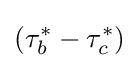
(\tau _{b}^{*}-\tau _{c}^{*})